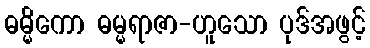
ဓမ္မိကော ဓမ္မရာဇာ-ဟူသော ပုဒ်အဖွင့်